Report of cholera committee
Disease focus: Cholera
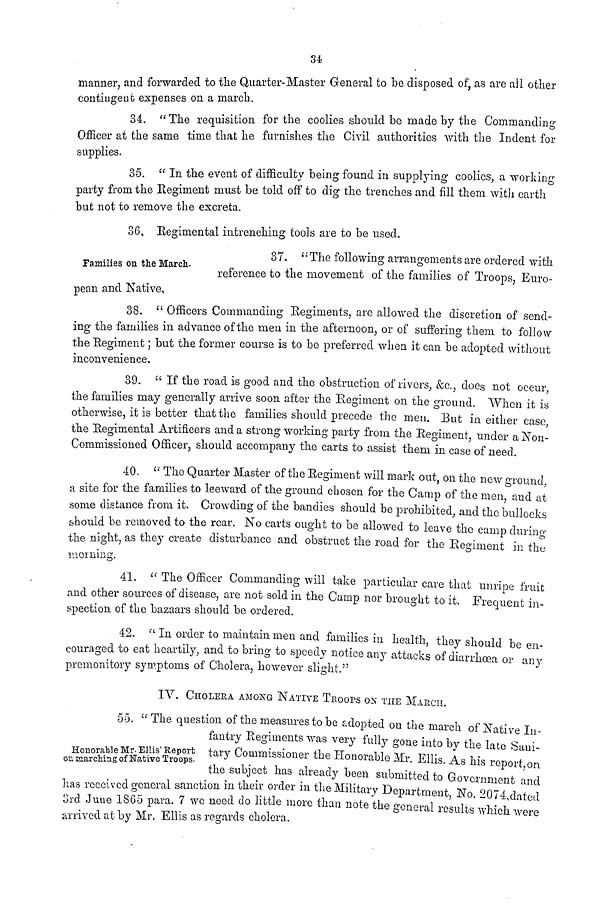
34
manner, and forwarded to the Quarter-Master General to be disposed of, as arc all other
contingent expenses on a march.
34. "The requisition for the coolies should be made by the Commanding
Officer at the same time that he furnishes the Civil authorities with the Indent for
supplies.
35. " In the event of difficulty being found in supplying coolies, a working
party from the Regiment must be told off to dig the trenches and fill them with earth
but not to remove the excreta.
36. Regimental intrenching tools are to be used.
Families on the March.
37.
" The following arrangements are ordered with
reference to the movement of the families of Troops, Euro-
pean and Native,
38. " Officers Commanding Regiments, are allowed the discretion of send-
ing the families in advance of the men in the afternoon, or of suffering them to follow
the Regiment; but the former course is to be preferred when it can be adopted without
inconvenience.
39. " If the road is good and the obstruction of rivers, &c., does not occur,
the families may generally arrive soon after the Regiment on the ground. When it is
otherwise, it is better that the families should precede the men. But in either case
the Regimental Artificers and a strong working party from the Regiment, under a Non-
Commissioned Officer, should accompany the carts to assist them in case of need.
40. " The Quarter Master of the Regiment will mark out, on the new ground,
a site for the families to leeward of the ground chosen for the Camp of the men and at
some distance from it. Crowding of the bandies should be prohibited, and the bullocks
should be removed to the rear. No carts ought to be allowed to leave the camp during
the night, as they create disturbance and obstruct the road for the Regiment in the
morning.
41. " The Officer Commanding will take particular care that unripe fruit
and other sources of disease, are not sold in the Camp nor brought to it. Frequent in-
spection of the bazaars should be ordered.
42. " In order to maintain men and families in health, they should be en-
couraged to eat heartily, and to bring to speedy notice any attacks of diarrhoea or any
premonitory symptoms of Cholera, however slight."
IV. CHOLERA AMONG NATIVE TROOPS ON THE MARCH
Honorable Mr. Ellis' Report
on marching of Native Troops.
55. " The question of the measures to be adopted on the march of Native In-
fantry Regiments was very fully gone into by the late Sani-
tary Commissioner the Honorable Mr. Ellis. As his report on
the subject has already been submitted to Government and
has received general sanction in their order in the Military Department No 2074 dated
3rd June 1865 para. 7 we need do little more than note the general results which were
arrived at by Mr. Ellis as regards cholera.